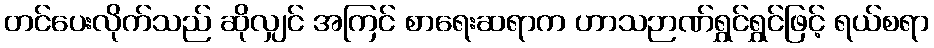
တင်ပေးလိုက်သည် ဆိုလျှင် အကြင် စာရေးဆရာက ဟာသဉာဏ်ရွှင်ရွှင်ဖြင့် ရယ်စရာ